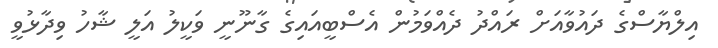
އިލްޔާސްގެ ދައުވާއަށް ރައްދު ދެއްވަމުން އެސްބީއައިގެ ގާނޫނީ ވަކީލު އަލީ ޝާހު ވިދާޅުވީ